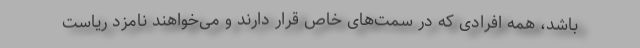
باشد، همه افرادی که در سمت‌های خاص قرار دارند و می‌خواهند نامزد ریاست